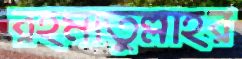
রহমাতুল্লাহর